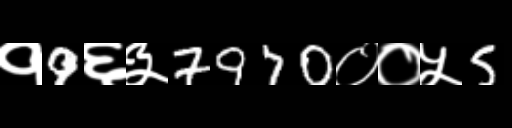
Text: १9६३7970००५5